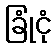
ခြုံငုံ